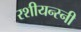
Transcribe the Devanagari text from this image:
रशीयन्स्नी